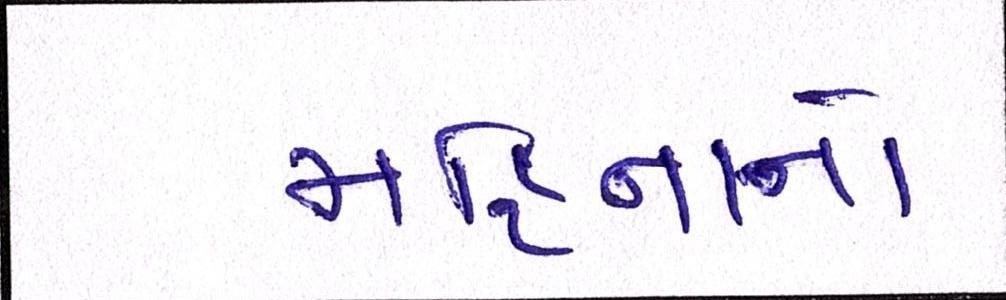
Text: મહિનાનો